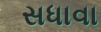
સધાવા